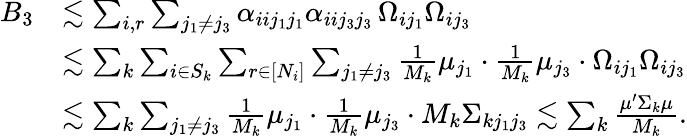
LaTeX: \begin{array}{rl}{B_{3}}&{\lesssim\sum_{i,r}\sum_{j_{1}\neq j_{3}}\alpha_{iij_{1}j_{1}}\alpha_{iij_{3}j_{3}}\, \Omega_{ij_{1}}\Omega_{ij_{3}}}\\ &{\lesssim\sum_{k}\sum_{i\in S_{k}}\sum_{r\in[N_{i}]}\sum_{j_{1}\neq j_{3}}\frac{1}{M_{k}}\mu_{j_{1}}\cdot\frac{1}{M_{k}}\mu_{j_{3}}\cdot\Omega_{ij_{1}}\Omega_{ij_{3}}}\\ &{\lesssim\sum_{k}\sum_{j_{1}\neq j_{3}}\frac{1}{M_{k}}\mu_{j_{1}}\cdot\frac{1}{M_{k}}\mu_{j_{3}}\cdot M_{k}\Sigma_{kj_{1}j_{3}}\lesssim\sum_{k}\frac{\mu^{\prime}\Sigma_{k}\mu}{M_{k}}.}\end{array}